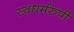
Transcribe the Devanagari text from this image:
स्वधर्मरुपी